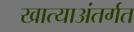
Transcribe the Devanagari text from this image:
खात्याअंतर्गत